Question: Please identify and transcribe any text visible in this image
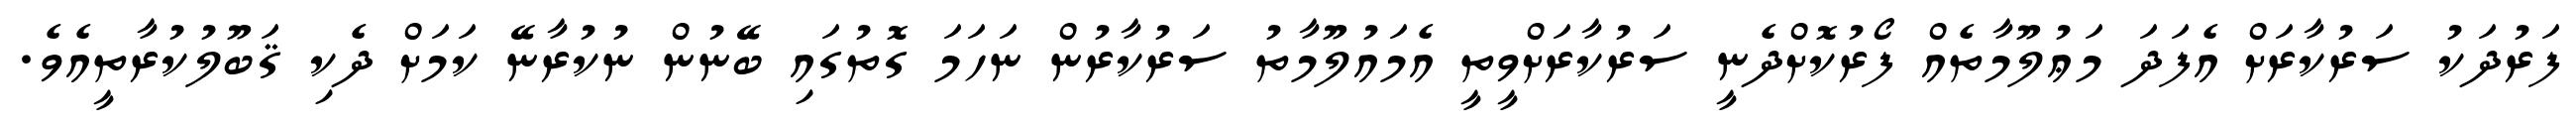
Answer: ފަރުދަކު ސަރުކާރަށް އެފަދަ މަޢުލޫމާތެއް ފޯރުކޮށްދެނީ ސަރުކާރަށްވީތީ އެމައުލޫމާތު ސަރުކާރުން ނަހަމަ ގޮތުގައި ބޭނުން ނުކުރާނޭ ކަމަށް ދެކި ޤަބޫލުކުރާތީއެވެ.